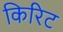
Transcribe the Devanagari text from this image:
किरिट